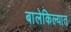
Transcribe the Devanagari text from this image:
बालेकिल्यात